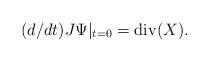
LaTeX: \begin{align*}(d/dt)J\Psi|_{t=0}=\mathrm{div}(X).\end{align*}